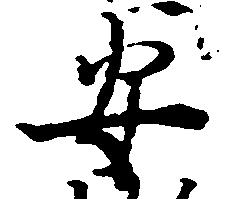
安